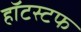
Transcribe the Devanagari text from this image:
हॉटस्टफ